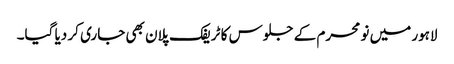
لاہور میں نو محرم کے جلوس کا ٹریفک پلان بھی جاری کر دیا گیا۔